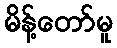
မိန့်တော်မူ